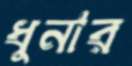
ধুনার